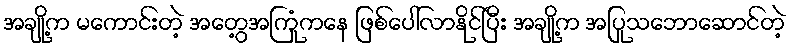
အချို့က မကောင်းတဲ့ အတွေ့အကြုံကနေ ဖြစ်ပေါ်လာနိုင်ပြီး အချို့က အပြုသဘောဆောင်တဲ့